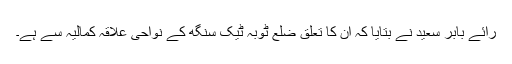
رائے بابر سعید نے بتایا کہ ان کا تعلق ضلع ٹوبہ ٹیک سنگھ کے نواحی علاقہ کمالیہ سے ہے۔